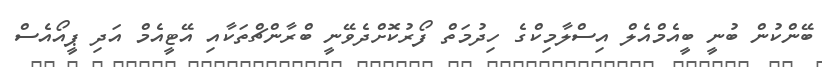
ބޭންކުން ބުނީ ބީއެމްއެލް އިސްލާމިކްގެ ހިދުމަތް ފޯރުކޮށްދެވޭނީ ބްރާންޗްތަކާއި އޭޓީއެމް އަދި ޕީއޯއެސް